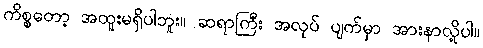
ကိစ္စတော့ အထူးမရှိပါဘူး။ ဆရာကြီး အလုပ် ပျက်မှာ အားနာလို့ပါ။